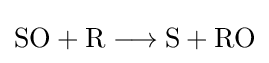
{\mathrm {SO} {}+{}\mathrm {R} {}\mathrel {\longrightarrow } {}\mathrm {S} {}+{}\mathrm {RO} }